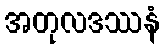
အတုလဒဿနံ